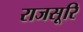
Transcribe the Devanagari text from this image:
राजसूरि